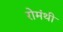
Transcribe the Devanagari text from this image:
रोमंथी